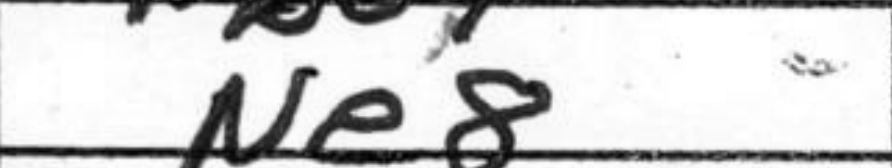
Transcription: Ne8